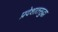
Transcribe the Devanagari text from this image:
प्रदेशातसुद्धा